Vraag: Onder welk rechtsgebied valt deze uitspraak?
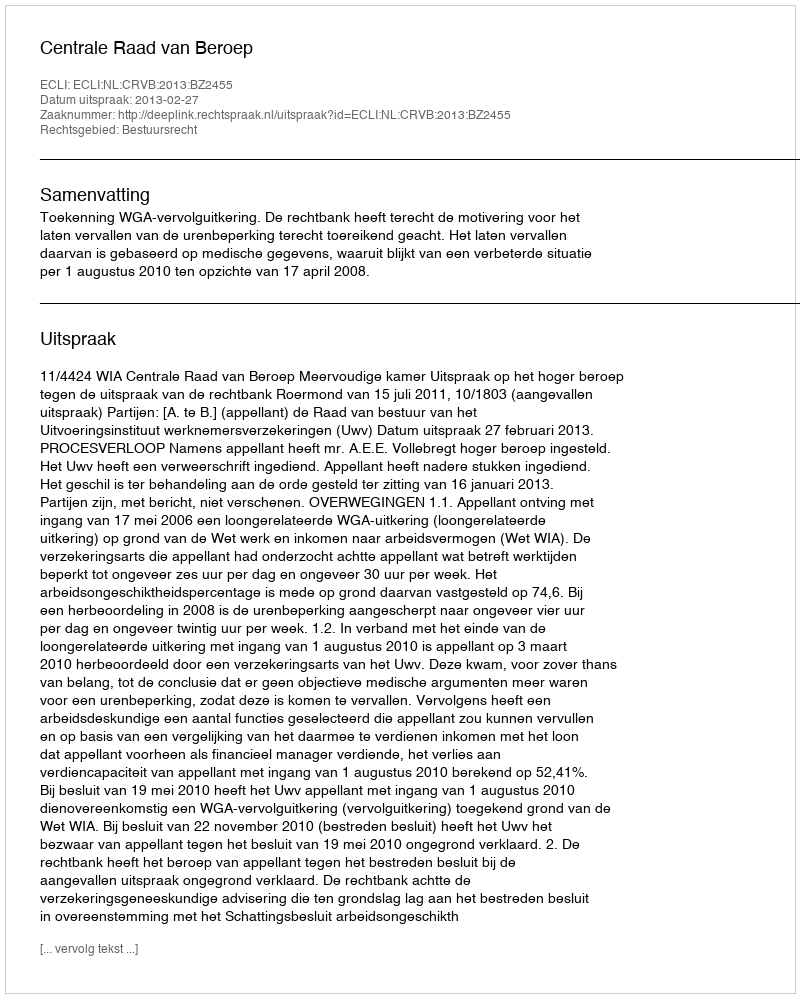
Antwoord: Bestuursrecht